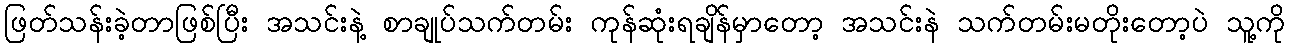
ဖြတ်သန်းခဲ့တာဖြစ်ပြီး အသင်းနဲ့ စာချုပ်သက်တမ်း ကုန်ဆုံးရချိန်မှာတော့ အသင်းနဲ သက်တမ်းမတိုးတော့ပဲ သူ့ကို